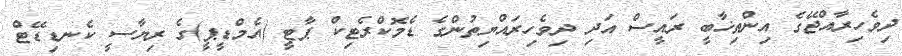
ދިވެހިރާއްޖޭގެ އިންތިޚާބީ ރައީސް އަދި ދިވެހިރައްޔިތުންގެ ޑެމޮކްރެޓިކް ޕާޓީ (އެމްޑީޕީ)ގެ ރިޔާސީ ކެނޑިޑޭޓް